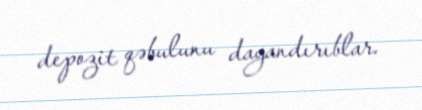
depozit qəbulunu dayandırıblar.